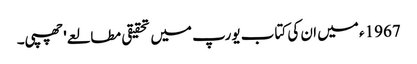
1967ء میں ان کی کتاب یورپ میں تحقیقی مطالعے' چھپی۔